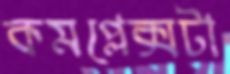
কমপ্লেক্সটা